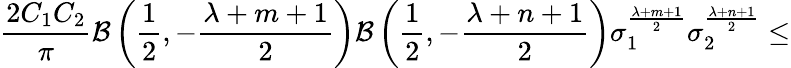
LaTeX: \frac{2C_{1}C_{2}}{\pi}{\cal B}\left(\frac{1}{2},-\frac{\lambda+m+1}{2}\right){\cal B}\left(\frac{1}{2},-\frac{\lambda+n+1}{2}\right){\sigma}_{1}^{\frac{\lambda+m+1}{2}}{\sigma}_{2}^{\frac{\lambda+n+1}{2}}\leq